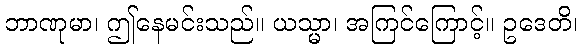
ဘာဏုမာ၊ ဤနေမင်းသည်။ ယသ္မာ၊ အကြင်ကြောင့်။ ဥဒေတိ၊